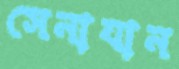
সেনাযান